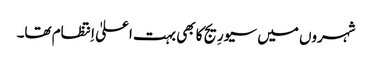
شہروں میں سیورِیج کا بھی بہت اعلیٰ اِنتظام تھا۔